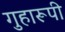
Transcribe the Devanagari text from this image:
गुहारूपी